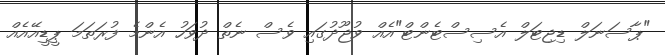
"ޕާސަނަލް ޑިޖިޓަލް އެސިސްޓެންޓް"އެއް ވުޖޫދުގައި ވެސް ނެތް ދުވަހު އެންމެ ފުރަތަމަ ޕީޑީއޭއެއް